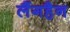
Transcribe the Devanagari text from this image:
लैंगहैन